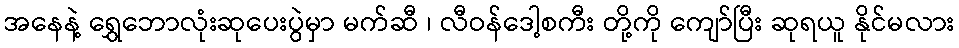
အနေနဲ့ ရွှေဘောလုံးဆုပေးပွဲမှာ မက်ဆီ ၊ လီဝန်ဒေါ့စကီး တို့ကို ကျော်ပြီး ဆုရယူ နိုင်မလား